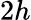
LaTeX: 2h